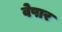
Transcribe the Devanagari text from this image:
वेपार